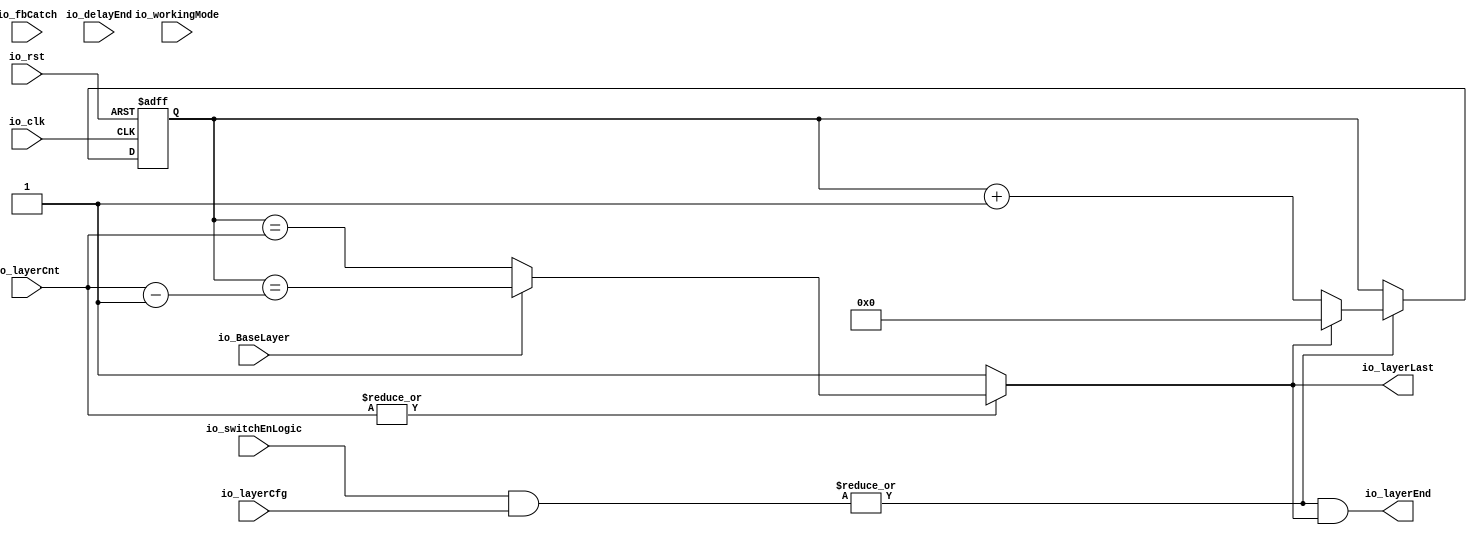
module Layer (
  input io_clk,
  input io_rst,
  input [15:0] io_layerCnt,

  input [7:0] io_fbCatch,
  input [7:0] io_delayEnd,
  input [7:0] io_switchEnLogic,

  input [7:0]  io_layerCfg,
  input io_workingMode,
  input io_BaseLayer,

  output io_layerEnd,
  output io_layerLast

);

  // reg [15:0] LayerRepeatNum = 0;
  reg [15:0] LayerCount = 0;
  wire [7:0] triggerSwitch;

  genvar i;
  generate
    for(i=0; i<8; i=i+1) begin:switch
      assign triggerSwitch[i] = io_layerCfg[i] &
                                ( io_workingMode ? io_delayEnd[i] : io_fbCatch[i]);
    end
  endgenerate  /*switch*/

  always @(posedge io_clk or posedge io_rst) begin
    if (io_rst) begin
      // LayerRepeatNum <= |io_layerCnt ? io_layerCnt - 1'd1 : io_layerCnt;
      LayerCount    <= 'd0;
    end
    else begin
      LayerCount <=
                      // io_BaseLayer ?
                      |(io_switchEnLogic & io_layerCfg) ?
                        io_layerLast ? 16'd0 : LayerCount + 1'd1
                      : LayerCount;
                    // : |(triggerSwitch) ?
                    //     io_layerLast ? 16'd0 : LayerCount + 1'd1
                    //   : LayerCount;
      // LayerRepeatNum<= LayerRepeatNum;
    end
  end

  // assign io_layerLast = LayerCount == LayerRepeatNum ;
  assign io_layerLast = |io_layerCnt ?
                          io_BaseLayer ?
                            (LayerCount == io_layerCnt - 1'd1) :
                            (LayerCount == io_layerCnt)
                        : 1'd1;
  assign io_layerEnd  =
                        // io_BaseLayer ?
                          |(io_switchEnLogic & io_layerCfg) & io_layerLast ;
                        // : |(triggerSwitch) & io_layerLast;

endmodule